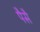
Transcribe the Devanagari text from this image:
पैसै